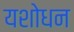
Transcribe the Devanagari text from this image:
यशोधन